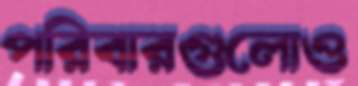
পরিবারগুলোও